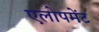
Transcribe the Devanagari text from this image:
एलोपमेंट